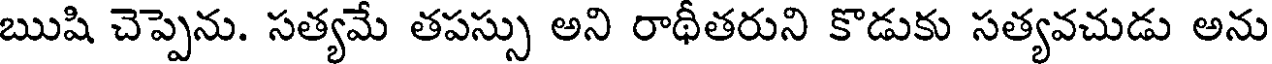
ఋషి చెప్పెను. సత్యమే తపస్సు అని రాథీతరుని కొడుకు సత్యవచుడు అను